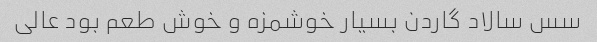
سس سالاد گاردن بسیار خوشمزه و خوش طعم بود عالی